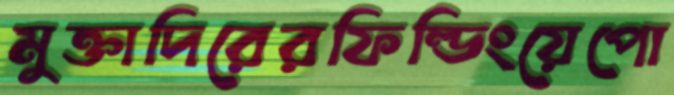
মুক্তাদিরেরফিল্ডিংয়েপো